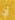
أي